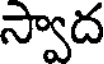
స్వాద